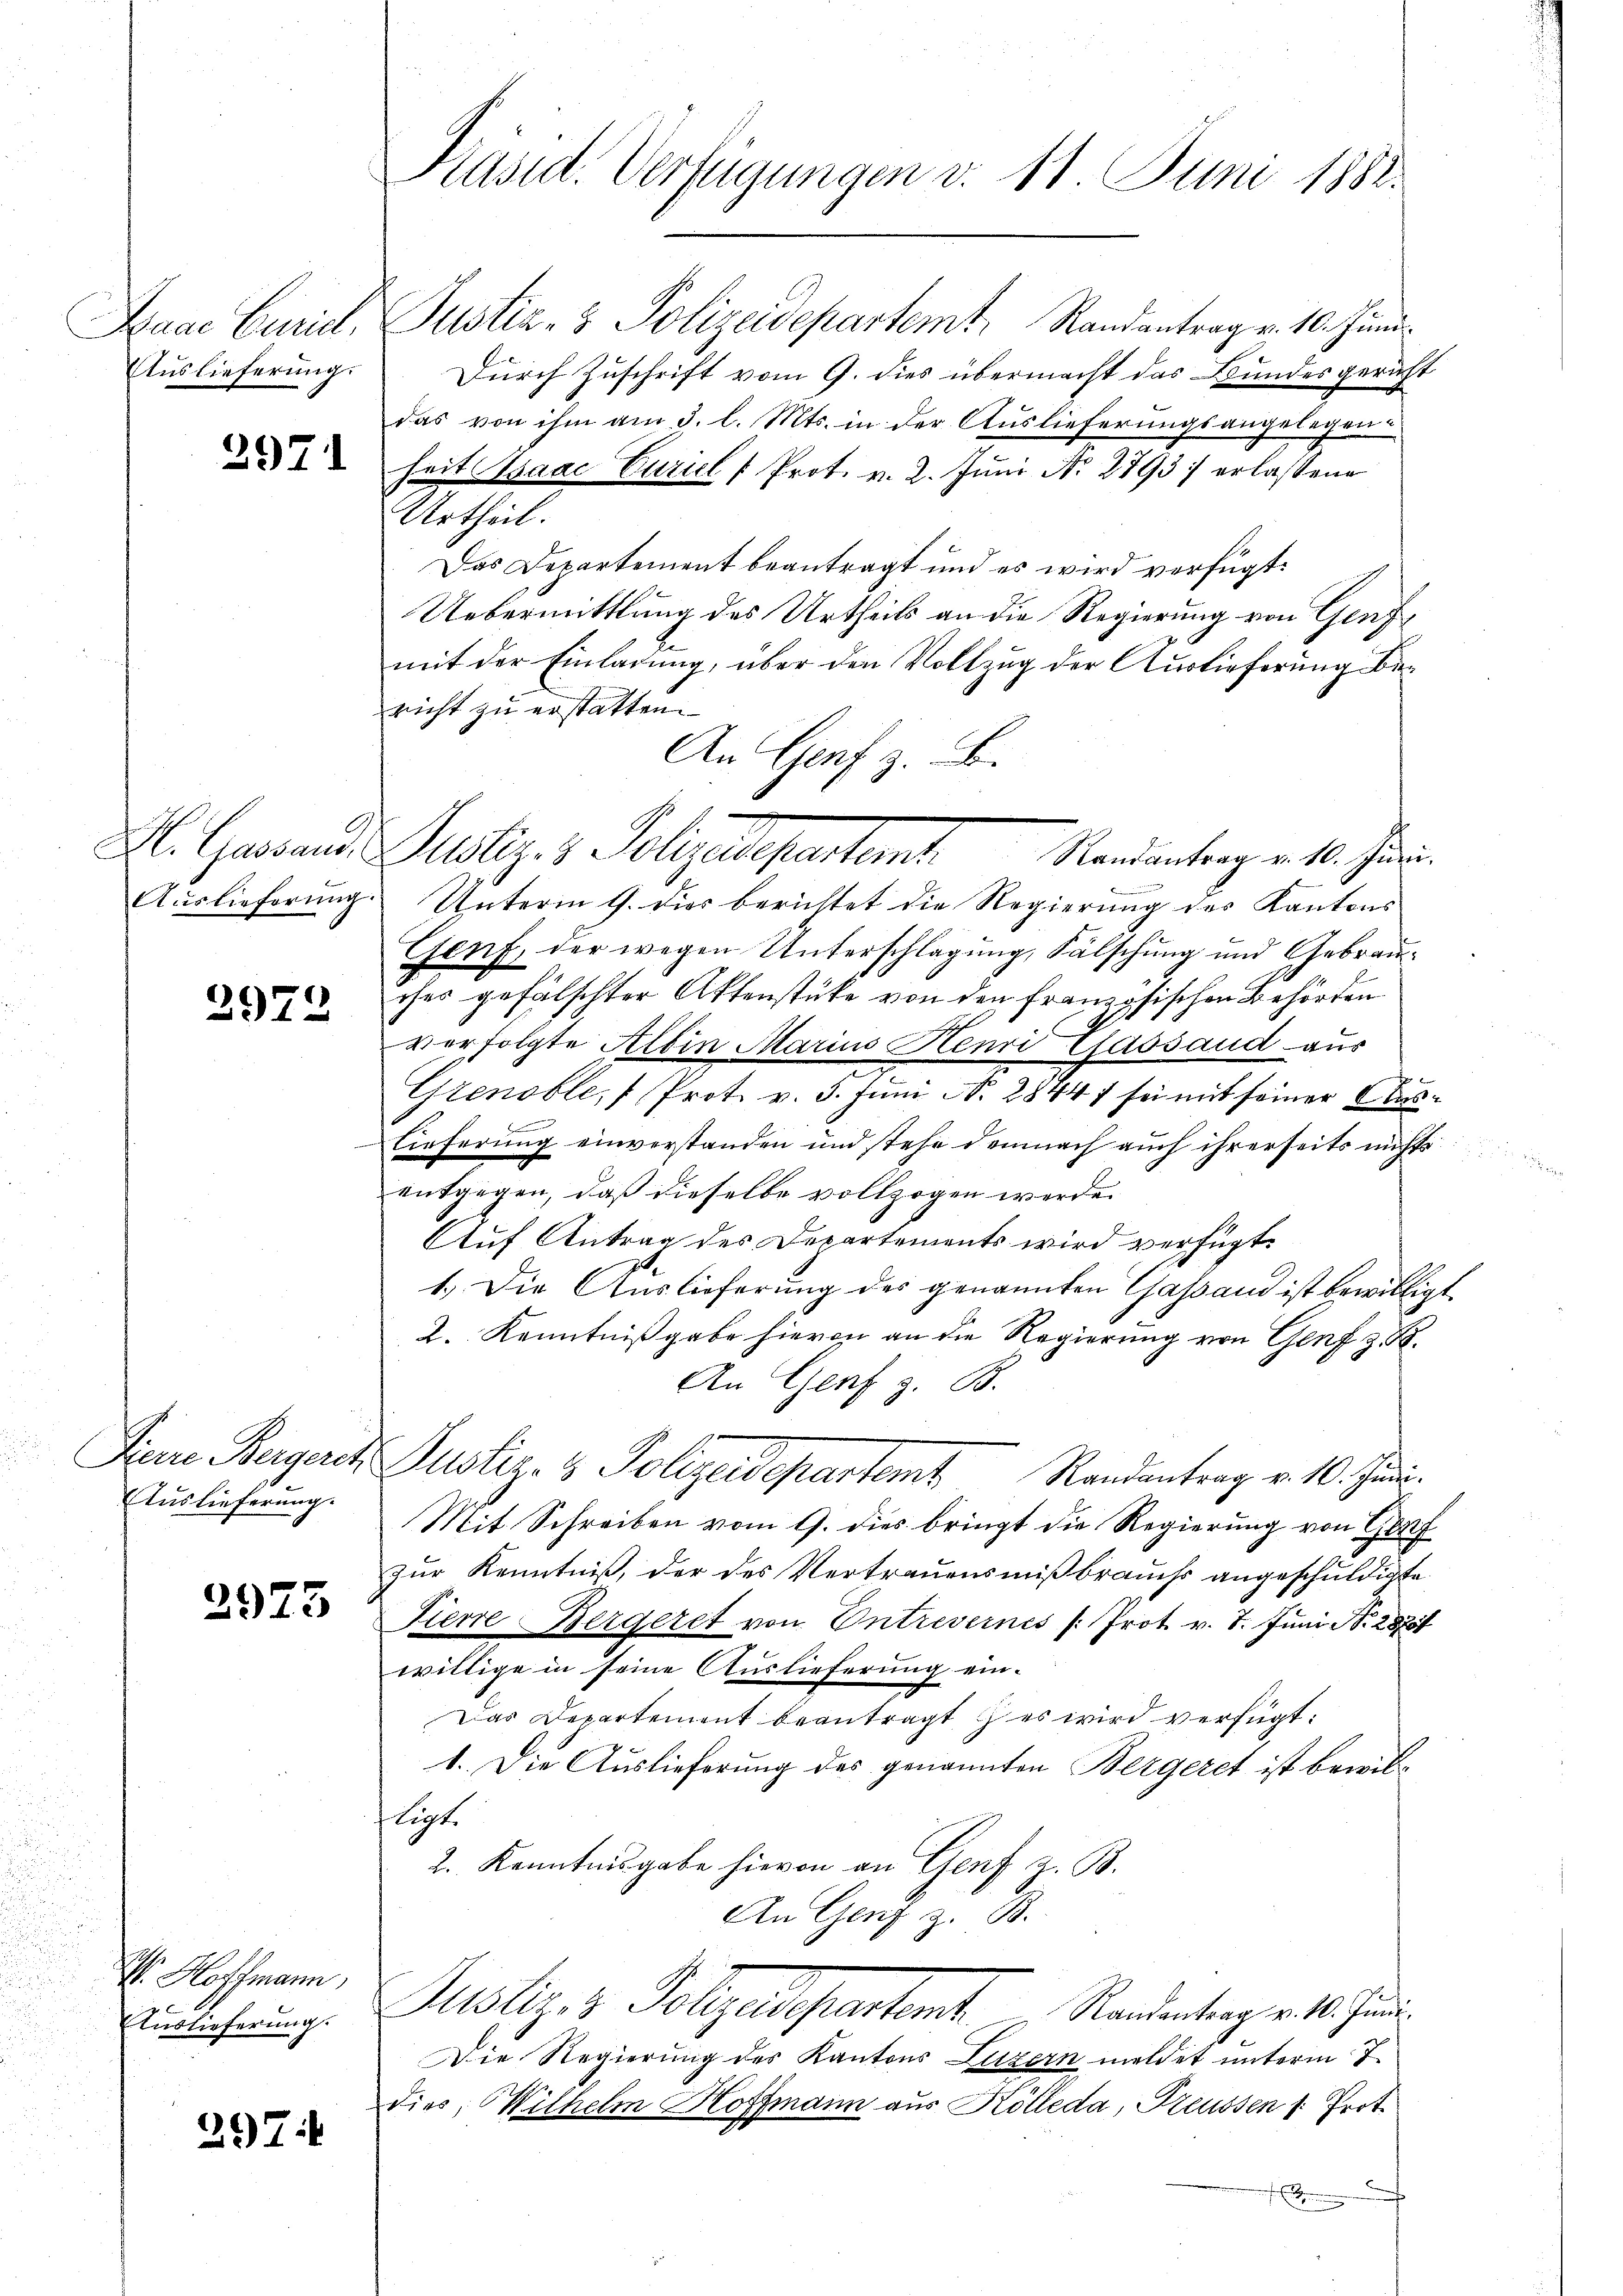
Daae Eurid,
Auslieferung.

2971

H. Cassaus
Auslieferung.

2972

Ficere Bergerst
Auslieferung.

2975

V. Hoffmann,
Auslieferung.

297:

Präsid. Verfügungen v. 11. Juni 1882.

Justiz- & Polizeidepartemt, Randantrag v. 10. Juni.
Durch Zuschrift vom 9. dies übermacht das Bundesgericht
das von ihm am 3. l. Mts. in der Auslieferungsangelegenheit Isaac Curiel " Prot. v. 2. Juni Nr. 2793) erlassene
Urtheil.
Das Departement beantragt und es wird verfügt:
Uebermittlung des Urtheils an die Regierung von Genfmit der Einladung, über den Vollzug der Auslieferung bericht zu erstatten.
Unterm 9. dies berichtet die Regierung des Kantons
Genf, der wegen Unterschlagung, Fälschung und Gebraucher gefälschter Aktenstüke von den französischen Behörden
verfolgte Albin Marius Henri fassaud aus
Grenoble, Prot. v. 3. Juni N. 28447 sei mit seiner Auslieferung einverstanden und stehe demnach auch ihrerseits nicht
entgegen, daß dieselbe vollzogen werde.
Auf Antrag des Departements wird verfügt:
7
1.) Die Auslieferung des genannten Gasand ist bewilligt.
2. Kenntnißgabe hievon an die Regierung von Genf z. B.
An Genf z. B.
Justiz- & Polizeidepartemt Randantrag v. 10. Juni.
Mit Schreiben vom 9. dies bringt die Regierung von Genf
zur Kenntniß, der des Vertrauensmißbrauchs angeschuldigte
Fierre Bergeret von Entrevernes Prot. v. 7. Juni N. 287
willige in seine Auslieferung ein-
Das Departement beantragt & es wird verfügt:
1. Die Auslieferung des genannten Bergeret ist bewilligt.
2. Kenntnisgabe hievon an Genf z. B.
An Genf B
Justiz- & Polgastferntent.   Randentenger 4. Juni
Die Regierung des Kantons Luzern meldet unterm 7.
dies, Wilhelm Hoffmann aus Kölleda, Treussen /: Prot
.

An Genf z. B.
Platz. v. Polizeigenten.
Randantrag v. 10. Juni.